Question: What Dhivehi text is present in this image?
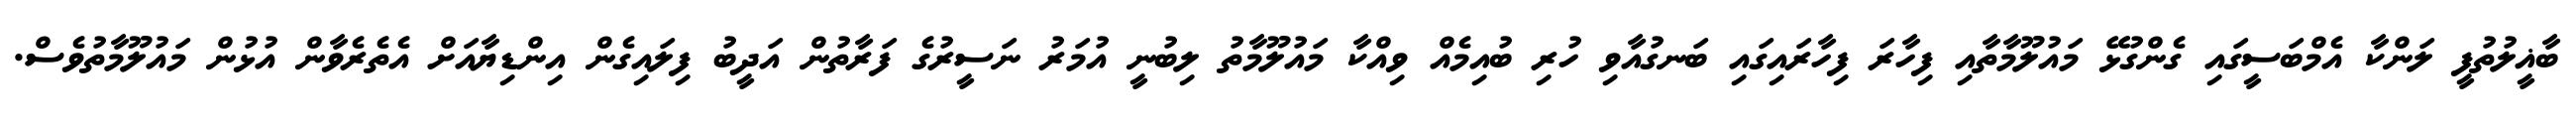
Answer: ބާޣީލުތުފީ ލަންކާ އެމްބަސީގައި ގެންގުޅޭ މައުލޫމާތާއި ފިހާރަ ފިހާރައިގައި ބަނގުއާވި ހުރި ބުއިމެއް ވިއްކާ މައުލޫމާތު ލިބުނީ އުމަރު ނަސީރުގެ ފަރާތުން އަދީބު ފިލައިގެން އިންޑިޔާއަށް އެތެރެވާން އުޅުން މައުލޫމާތުވެސް.